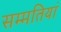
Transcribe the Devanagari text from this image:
सम्मतियां